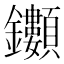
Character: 𮣯